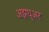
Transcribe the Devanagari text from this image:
अझघ्अर